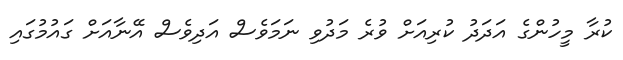
ކުރާ މީހުންގެ އަދަދު ކުރިއަށް ވުރެ މަދުވި ނަމަވެސް އަދިވެސް އޭނާއަށް ގައުމުގައި